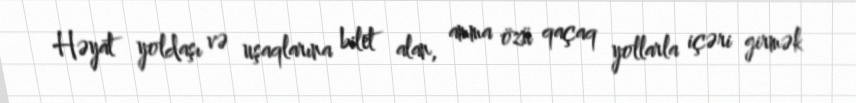
Həyat yoldaşı və uşaqlarına bilet alan, amma özü qaçaq yollarla içəri girmək